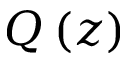
Q \left( z \right)